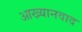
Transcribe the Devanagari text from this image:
आख्यानवाद